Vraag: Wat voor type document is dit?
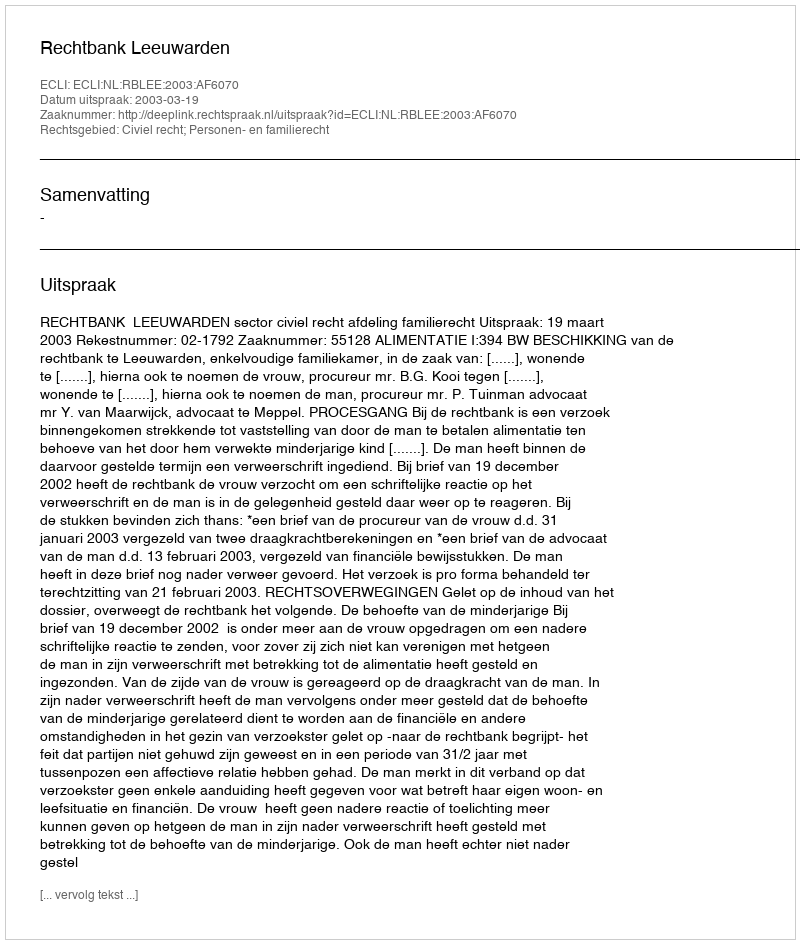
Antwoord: Uitspraak